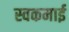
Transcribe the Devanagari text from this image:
स्वकमाई